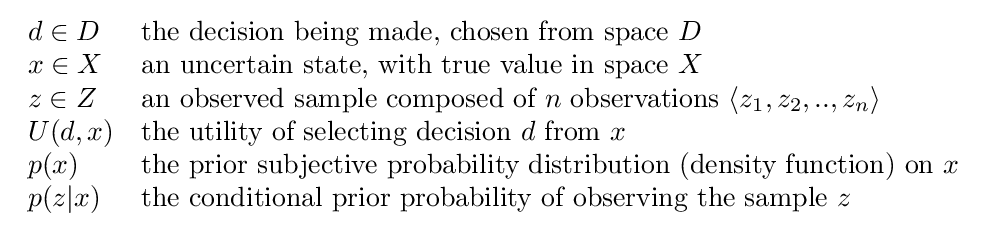
{\begin{array}{ll}d\in D&{\mbox{the decision being made, chosen from space }}D\\x\in X&{\mbox{an uncertain state, with true value in space }}X\\z\in Z&{\mbox{an observed sample composed of }}n{\mbox{ observations }}\langle z_{1},z_{2},..,z_{n}\rangle \\U(d,x)&{\mbox{the utility of selecting decision }}d{\mbox{ from }}x\\p(x)&{\mbox{the prior subjective probability distribution (density function) on }}x\\p(z|x)&{\mbox{the conditional prior probability of observing the sample }}z\end{array}}